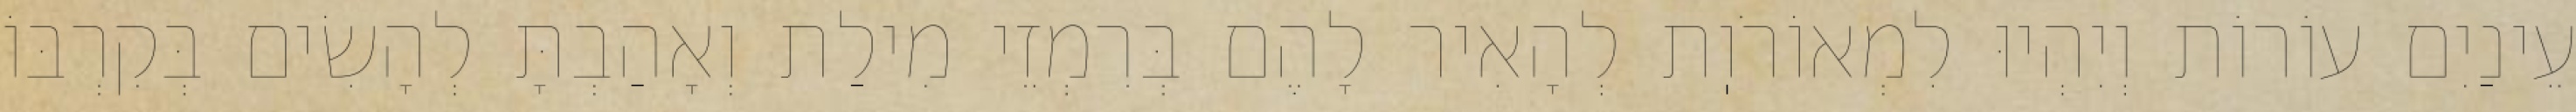
עֵינַיִם עוֹרוֹת וְיִהְיוּ לִמְאוֹרֹוֽת לְהָאִיר לָהֶם בְּרִמְזֵי מִילַת וְאָהַבְתָּ לְהָשִׂים בְּקִרְבּוֹ